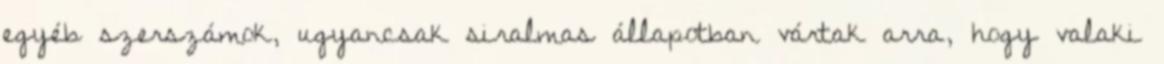
egyéb szerszámok, ugyancsak siralmas állapotban vártak arra, hogy valaki